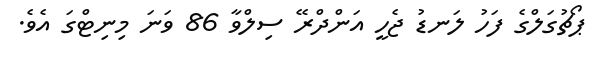
ޕޯޗުގަލްގެ ފަހު ލަނޑު ޖެހީ އަންދްރޭ ސިލްވާ 86 ވަނަ މިނިޓްގަ އެވެ.